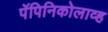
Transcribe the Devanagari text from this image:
पॅपिनिकोलाव्ह